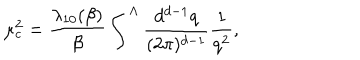
\mu _ { c } ^ { 2 } = \frac { \lambda _ { 1 0 } ( \beta ) } { \beta } \int ^ { \Lambda } \frac { d ^ { d - 1 } q } { ( 2 \pi ) ^ { d - 1 } } \frac { 1 } { q ^ { 2 } } ,